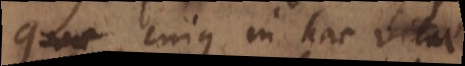
causa, cujus in hac vitae